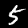
Digit: 5